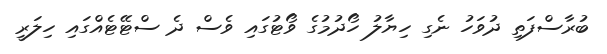
ބުރާސްފަތި ދުވަހު ނެގި ހިޔާލު ހޯދުމުގެ ވޯޓުގައި ވެސް ދެ ސްޓޭޓެއްގައި ހިލަރީ